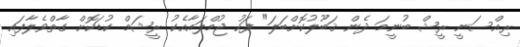
ރިއްސަނީ ރީޝް ބުނީމަ ދެން ޤަބޫލުކޮށްބަލަ" ފަހު ޖުމްލައާއެކު ރީޝަމް ކުޑަކޮށް ގާތްވެލާފައި